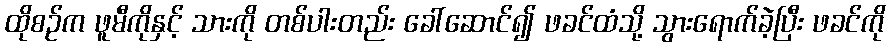
ထိုစဉ်က ဖူမီကိုနှင့် သားကို တစ်ပါးတည်း ခေါ်ဆောင်၍ ဖခင်ထံသို့ သွားရောက်ခဲ့ပြီး ဖခင်ကို